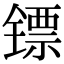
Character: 镖